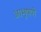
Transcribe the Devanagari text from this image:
आभुषणे